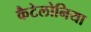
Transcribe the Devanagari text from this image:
कैटेलोनिया